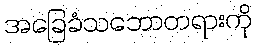
အခြေခံသဘောတရားကို